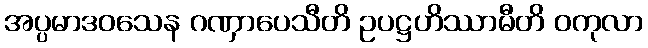
အပ္ပမာဒဝသေန ဂဏှာပေသီတိ ဥပဋ္ဌဟိဿာမီတိ ဝကုလာ